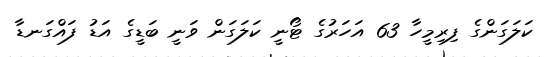
ކަލަގަންގެ ފިރިމީހާ 63 އަހަރުގެ ޓޯނީ ކަލަގަން ވަނީ ބަޑީގެ އަޑު ފައްގަނޑާ